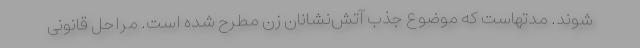
شوند. مدتهاست که موضوع جذب آتش‌نشانان زن مطرح شده است. مراحل قانونی